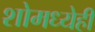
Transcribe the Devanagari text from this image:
शोमध्येही